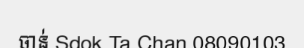
ចាន់ Sdok Ta Chan 08090103